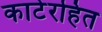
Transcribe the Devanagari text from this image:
काटेरहित